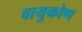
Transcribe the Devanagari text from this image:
वायुकोण